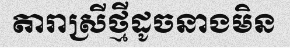
តារាស្រីថ្មីដូចនាងមិន